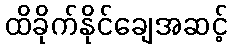
ထိခိုက်နိုင်ချေအဆင့်